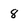
Character: 8